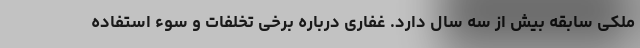
ملکی سابقه بیش از سه سال دارد. غفاری درباره برخی تخلفات و سوء استفاده